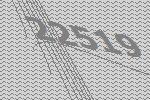
22519